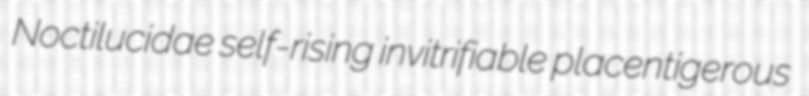
Noctilucidae self-rising invitrifiable placentigerous